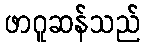
ဖာဂူဆန်သည်